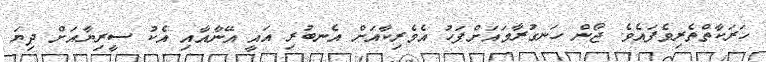
ހަރަކާތްތެރިވެފައެވެ. ޖޯން ހަނގުރާމައަށްފަހު އެމެރިކާއަށް އެނބުރި އައީ އޭނާއާއި އެކު ސީރިޔާއަށް ދިޔަ